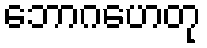
ဘောဂဟေတု